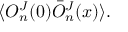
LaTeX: \langle O _ { n } ^ { J } ( 0 ) \bar { O } _ { n } ^ { J } ( x ) \rangle .